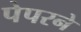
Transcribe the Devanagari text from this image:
पेपरने